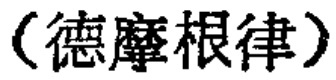
（德摩根律）